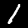
Label: 1